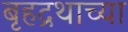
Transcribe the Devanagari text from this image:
बृहद्रथाच्या